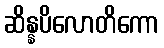
ဆိန္နပိလောတိကော